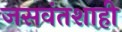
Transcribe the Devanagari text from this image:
जसवंतशाही